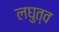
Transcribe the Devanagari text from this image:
लघुत्व